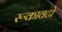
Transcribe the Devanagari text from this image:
रूकावटो